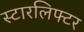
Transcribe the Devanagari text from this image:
स्टारलिफ्टर